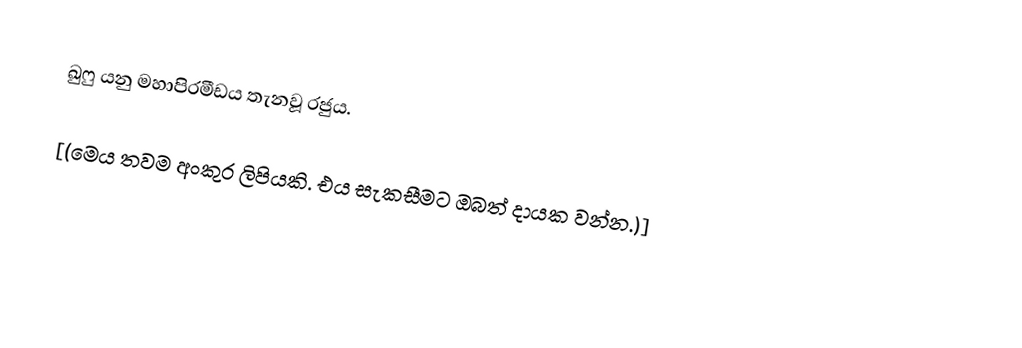
ඛුෆු යනු මහාපිරමීඩය තැනවූ රජුය.

[(මෙය තවම අංකුර ලිපියකි. එය සැකසීමට ඔබත් දායක වන්න.)]